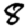
Digit: 8